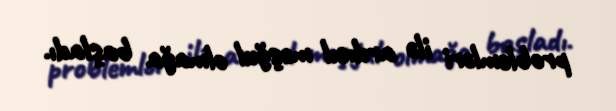
problemləri ilə ardıcıl məşğul olmağa başladı.